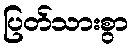
ပြတ်သားစွာ